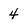
Character: 4